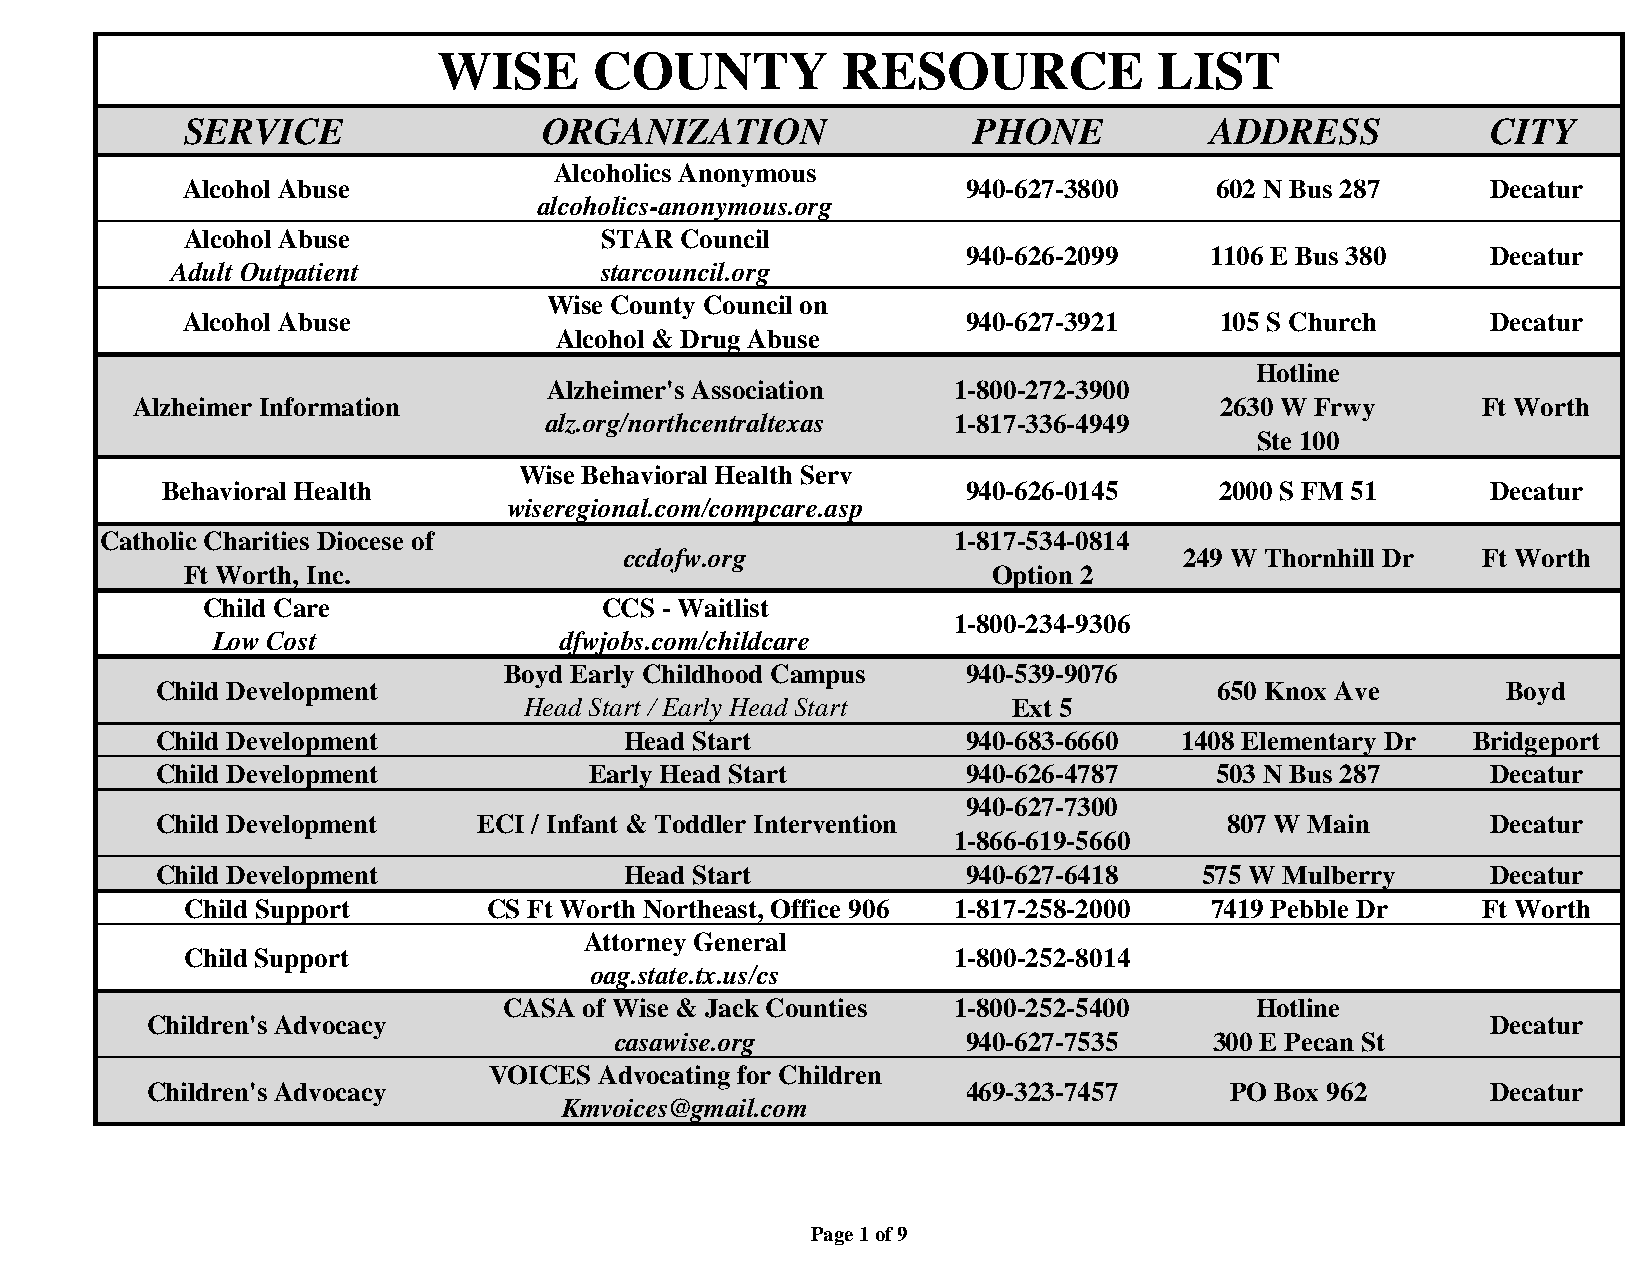
WISE      COUNTY           RESOURCE             LIST
 SERVICE                 ORGANIZATION                PHONE           ADDRESS            CITY
 Alcoholics Anonymous
 Alcohol Abuse                                       940-627-3800    602 N Bus 287      Decatur
 alcoholics-anonymous.org
 Alcohol Abuse               STAR Council
 940-626-2099    1106 E Bus 380     Decatur
 Adult Outpatient             starcouncil.org
 Wise County Council on
 Alcohol Abuse                                       940-627-3921     105 S Church      Decatur
 Alcohol & Drug Abuse
 Hotline
 Alzheimer's Association    1-800-272-3900
 Alzheimer Information                                                   2630 W Frwy      F t W orth
 alz.org/northcentraltexas  1 - 8 1 7 - 3 3 6 - 4 9 4 9
 Ste 100
 Wise Behavioral Health Serv
 Behavioral Health                                    940-626-0145     2000 S FM 51      Decatur
 wiseregional.com/compcare.asp
 Catholic Charities Diocese of                           1-817-534-0814
 ccdofw.org                           249 W Thornhill Dr  Ft Worth
 Ft Worth, Inc.                                        Option 2
 Child Care                 CCS - Waitlist
 1-800-234-9306
 Low Cost               dfwjobs.com/childcare
 Boyd Early Childhood Campus    940-539-9076
 Child Development                                                      650 Knox Ave       Boyd
 Head Start / Early Head Start   Ext 5
 Child Development              Head Start             940-683-6660  1408 Elementary Dr Bridgeport
 Child Development            Early Head Start         940-626-4787    503 N Bus 287      Decatur
 940-627-7300
 Child Development     ECI / Infant & Toddler Intervention              807 W Main        Decatur
 1-866-619-5660
 Child Development              Head Start             940-627-6418    575 W Mulberry     Decatur
 Child Support       CS Ft Worth Northeast, Office 906 1-817-258-2000 7419 Pebble Dr   Ft Worth
 Attorney General
 Child Support                                      1-800-252-8014
 oag.state.tx.us/cs
 CASA  of Wise & Jack Counties 1-800-252-5400      Hotline
 Children's Advocacy                                                                      Decatur
 casawise.org           9 4 0 - 6 2 7 - 7 5 3 5 3 0 0 E P ecan St
 VOICES  Advocating for Children
 Children's Advocacy                                   469-323-7457     PO Box 962        Decatur
 Kmvoices@gmail.com
 Page 1 of 9